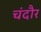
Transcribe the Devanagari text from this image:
चंदौर